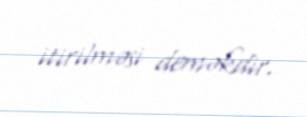
itirilməsi deməkdir.